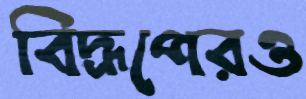
বিদ্রূপেরও